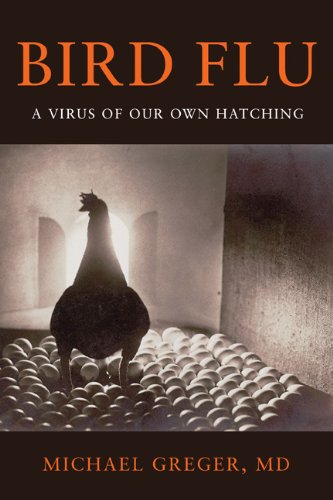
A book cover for Bird Flu: A Virus of Our Own Hatching; Michael Greger; Medical Books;